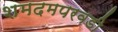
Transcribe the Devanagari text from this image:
शमदमपरवडी